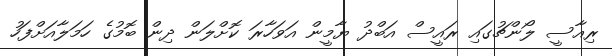
ރިއާސީ ލޯންޗުގައި ރައީސް އަބްދު ޔާމީން އަވަހާރަ ކޮށްލަން ދިން ބޮމުގެ ހަމަލާއަށްފަހު